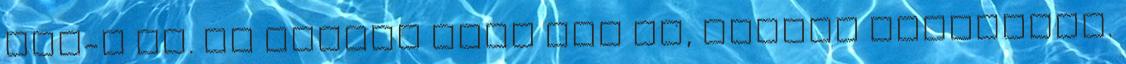
OTP-t is. Ez nagyon nagy baj ám, nagyon veszélyes.